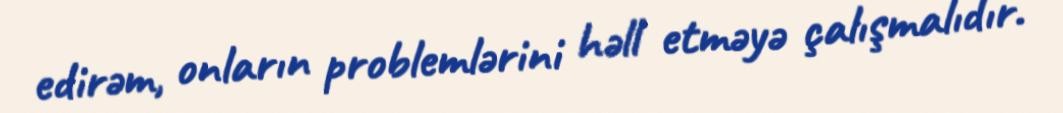
edirəm, onların problemlərini həll etməyə çalışmalıdır.